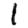
Digit: 1